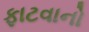
ફાટવાનો